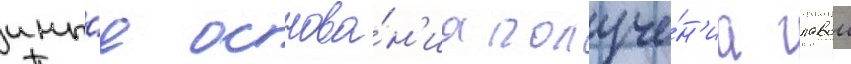
ины́е основа́н'иа получе́н'иа главои